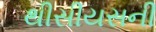
થીસીયસની